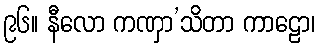
၉၆။ နီလော ကဏှာ’သိတာ ကာဠော၊